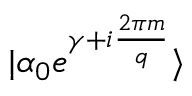
| \alpha _ { 0 } e ^ { \gamma + i \frac { 2 \pi m } { q } } \rangle